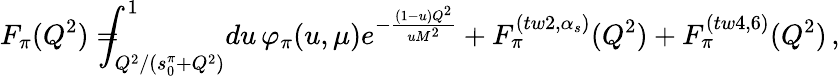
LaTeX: F_{\pi}(Q^{2})=\! \! \! \! \! \! \int_{Q^{2}/(s_{0}^{\pi}+Q^{2})}^{1}\! du\, \varphi_{\pi}(u,\mu)e^{-\frac{(1-u)Q^{2}}{uM^{2}}}+F_{\pi}^{(tw2,\alpha_{s})}(Q^{2})+F_{\pi}^{(tw4,6)}(Q^{2})\, ,